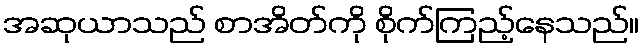
အဆုယာသည် စာအိတ်ကို စိုက်ကြည့်နေသည်။